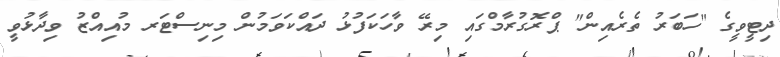
ދިޓީވީގެ "ހަބަރު ތެރެއިން" ޕްރޮގުރާމްގައި މިރޭ ވާހަކަފުޅު ދައްކަވަމުން މިނިސްޓަރ މުއިއްޒު ވިދާޅުވީ